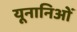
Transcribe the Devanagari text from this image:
यूनानिओं